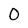
Character: 0